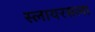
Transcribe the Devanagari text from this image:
स्लायरसला